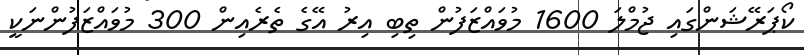
ކޯޕަރޭޝަންގައި ޖުމްލަ 1600 މުވައްޒަފުން ތިބި އިރު އޭގެ ތެރެއިން 300 މުވައްޒަފުންނަކީ